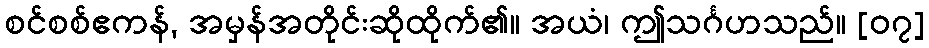
စင်စစ်ဧကန်, အမှန်အတိုင်းဆိုထိုက်၏။ အယံ၊ ဤသင်္ဂဟသည်။ [၀၇]